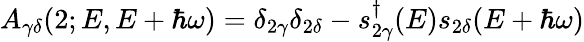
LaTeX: A_{\gamma\delta}(2;E,E+\hbar\omega)=\delta_{2\gamma}\delta_{2\delta}-s_{2\gamma}^{\dagger}(E)s_{2\delta}(E+\hbar\omega)